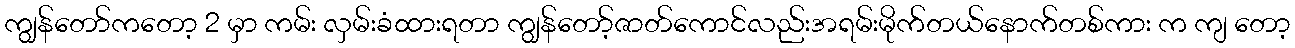
ကျွန်တော်ကတော့ 2 မှာ ကမ်း လှမ်းခံထားရတာ ကျွန်တော့်ဇာတ်ကောင်လည်းအရမ်းမိုက်တယ်နောက်တစ်ကား က ကျ တော့